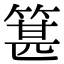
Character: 𥯓